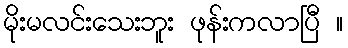
မိုးမလင်းသေးဘူး ဖုန်းကလာပြီ ။